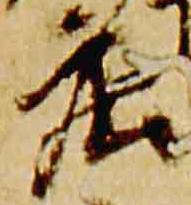
庄